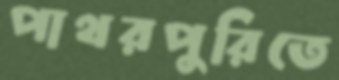
পাথরপুরিতে